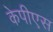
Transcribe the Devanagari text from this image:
केपीएस